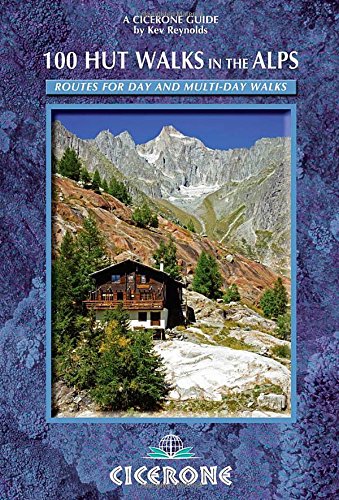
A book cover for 100 Hut Walks in the Alps: Routes for day and multi-day walks (Cicerone Guides); Kev Reynolds; Sports & Outdoors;